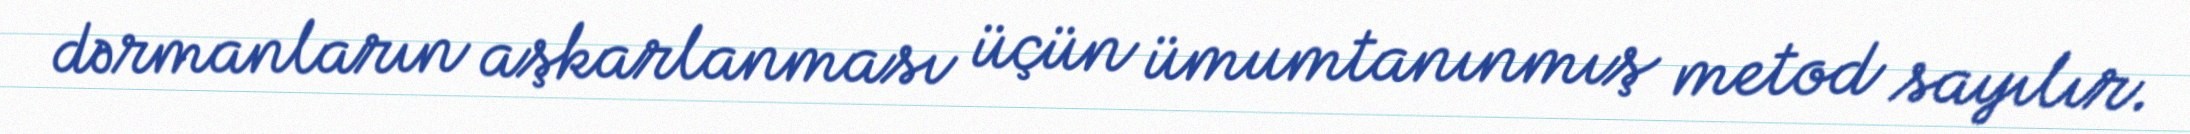
dərmanların aşkarlanması üçün ümumtanınmış metod sayılır.